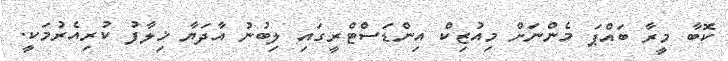
ކޮބާ މީރާ ބައްޕަ މެންނަށް މިއުޒިކް އިންޑަސްޓްރީގައި ލިބުނު އާދަޔާ ޚިލާފު ކުރިއެރުމަކީ.